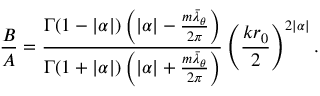
\frac { B } { A } = \frac { \Gamma ( 1 - | \alpha | ) \left( | \alpha | - \frac { m \bar { \lambda } _ { \theta } } { 2 \pi } \right) } { \Gamma ( 1 + | \alpha | ) \left( | \alpha | + \frac { m \bar { \lambda } _ { \theta } } { 2 \pi } \right) } \left( \frac { k r _ { 0 } } { 2 } \right) ^ { 2 | \alpha | } .